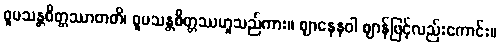
ဝူပသန္တစိတ္တဿာတတိ၊ ဝူပသန္တစိတ္တဿဟူသည်ကား။ ဈာနေနဝါ ဈာန်ဖြင့်လည်းကောင်း။